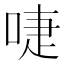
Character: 啑